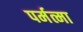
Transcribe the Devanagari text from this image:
पर्मत्मा